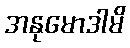
အနုမောဒါမိ